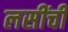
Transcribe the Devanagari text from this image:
लसींची